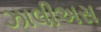
ઝાલીઅસ